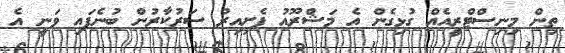
ތިން މިނިސްޓްރީއެއް ގުޅިގެން އެ މަޝްރޫއު ފެށިއިރު ސަރުކާރުން ބުނެފައި ވަނީ އެ